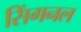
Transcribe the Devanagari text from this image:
सिंगनल